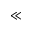
{ \ll }